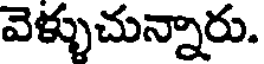
వెళ్ళుచున్నారు.